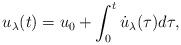
LaTeX: \begin{align*} u_{\lambda}(t) = u_0 + \int_0^t \dot u_{\lambda}(\tau)d\tau,\end{align*}